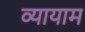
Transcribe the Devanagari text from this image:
व्‍यायाम